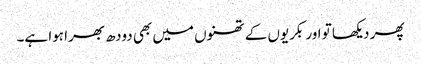
پھر دیکھا تو اور بکریوں کے تھنوں میں بھی دودھ بھرا ہوا ہے۔